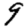
Digit: 9